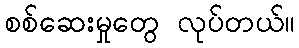
စစ်ဆေးမှုတွေ လုပ်တယ်။